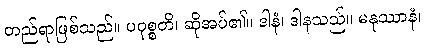
တည်ရာဖြစ်သည်။ ပဝုစ္စတိ၊ ဆိုအပ်၏။ ဒါနံ၊ ဒါနသည်။ မနုဿာနံ၊